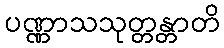
ပဏ္ဏာသသုတ္တန္တာတိ